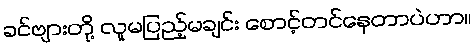
ခင်ဗျားတို့ လူမပြည့်မချင်း စောင့်တင်နေတာပဲဟာ။